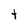
Character: t